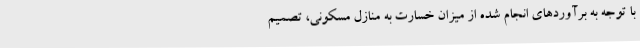
با توجه به برآوردهای انجام شده از میزان خسارت به منازل مسکونی، تصمیم